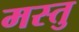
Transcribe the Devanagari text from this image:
मस्तु